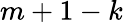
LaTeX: m+1-k